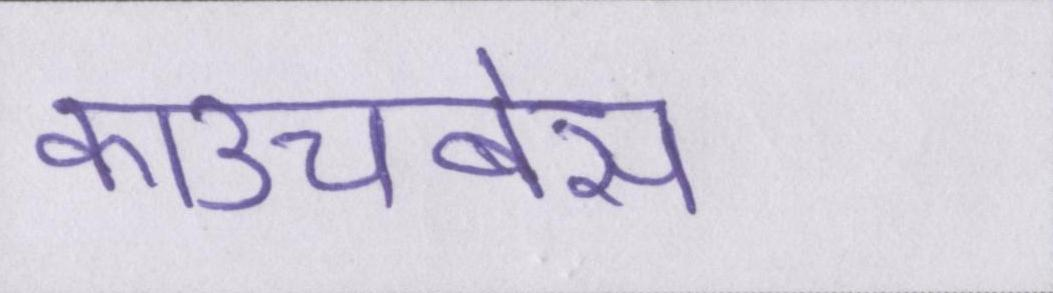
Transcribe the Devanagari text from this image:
काउचबेस